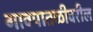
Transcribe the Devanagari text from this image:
गावपातळीवरील